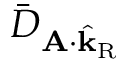
\bar { D } _ { \mathbf { A } \cdot \hat { \mathbf { k } } _ { \mathrm { R } } }